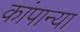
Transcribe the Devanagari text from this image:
कांपान्या